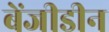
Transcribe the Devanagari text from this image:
बेंजीडीन